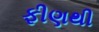
ફીણથી